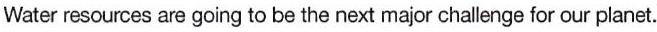
Water resources are going to be the next major challenge for our planet.